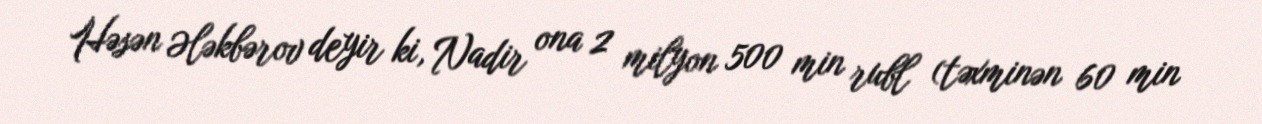
Həsən Ələkbərov deyir ki, Nadir ona 2 milyon 500 min rubl (təxminən 60 min